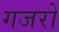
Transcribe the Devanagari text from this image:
गजरो